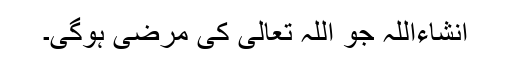
انشاءاللہ جو اللہ تعالی کی مرضی ہوگی۔